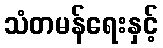
သံတမန်ရေးနှင့်